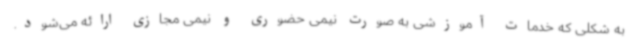
به شکلی که خدمات آموزشی به صورت نیمی حضوری و نیمی مجازی ارائه می‌شود.